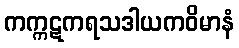
ကက္ကဋကရသဒါယကဝိမာနံ